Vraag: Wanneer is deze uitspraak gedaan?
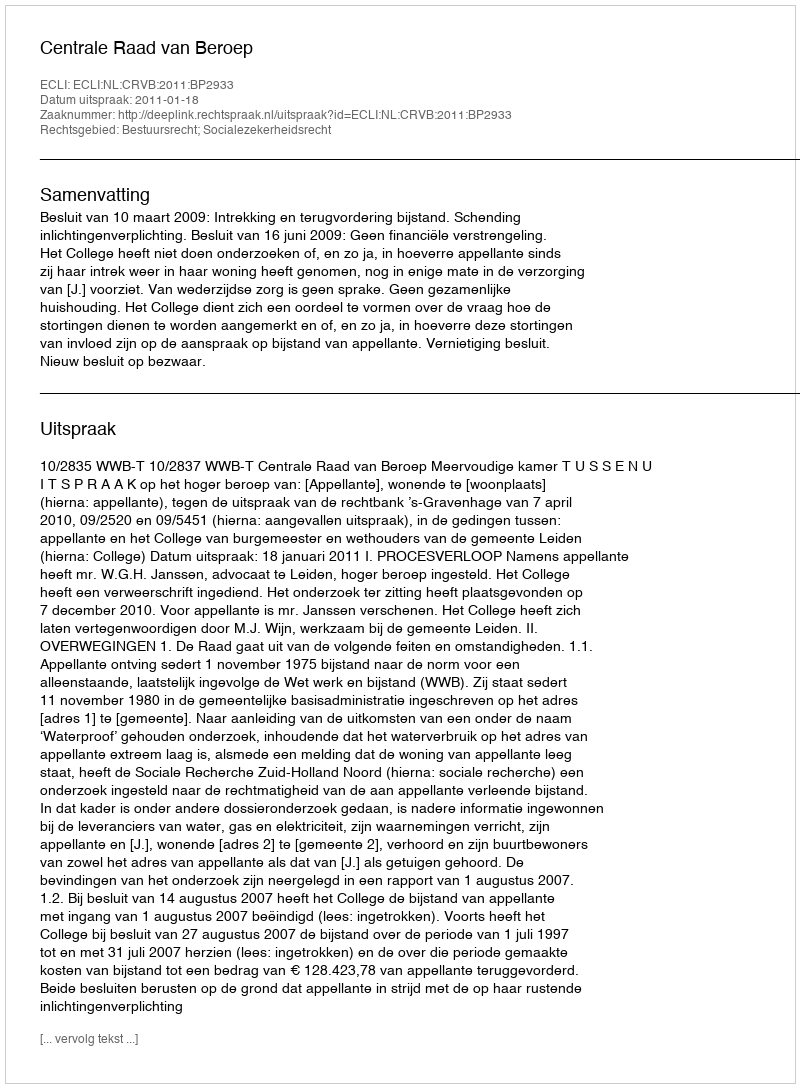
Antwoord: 2011-01-18